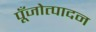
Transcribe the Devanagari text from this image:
पूँजोत्पादन